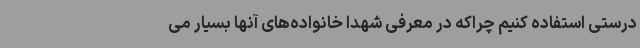
درستی استفاده کنیم چراکه در معرفی شهدا خانواده‌های آنها بسیار می‌